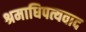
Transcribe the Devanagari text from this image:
श्रमाधिपत्यवाद